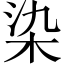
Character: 染